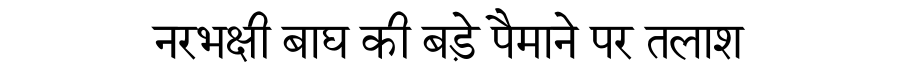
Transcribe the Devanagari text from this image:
नरभक्षी बाघ की बड़े पैमाने पर तलाश